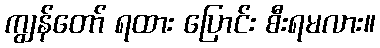
ကျွန်တော် ရထား ပြောင်း စီးရမလား။